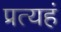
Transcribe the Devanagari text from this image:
प्रत्यहं